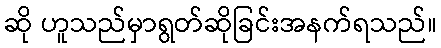
ဆို ဟူသည်မှာရွတ်ဆိုခြင်းအနက်ရသည်။